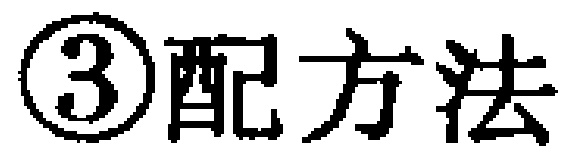
\textcircled{3}配方法